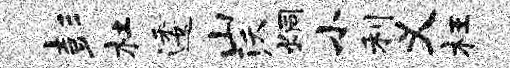
彭杜逶山沃炯小利义枉